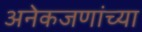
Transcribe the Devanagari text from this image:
अनेकजणांच्या